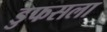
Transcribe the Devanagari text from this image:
डुफसला